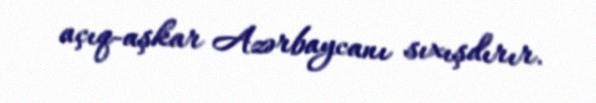
açıq-aşkar Azərbaycanı sıxışdırır.